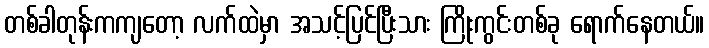
တစ်ခါတုန်းကကျတော့ လက်ထဲမှာ အသင့်ပြင်ပြီးသား ကြိုးကွင်းတစ်ခု ရောက်နေတယ်။